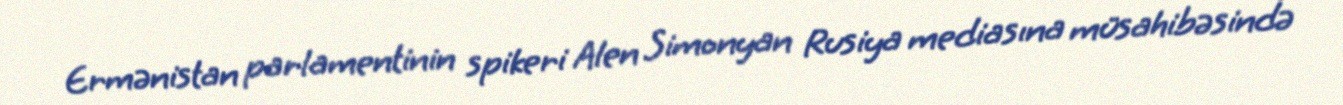
Ermənistan parlamentinin spikeri Alen Simonyan Rusiya mediasına müsahibəsində